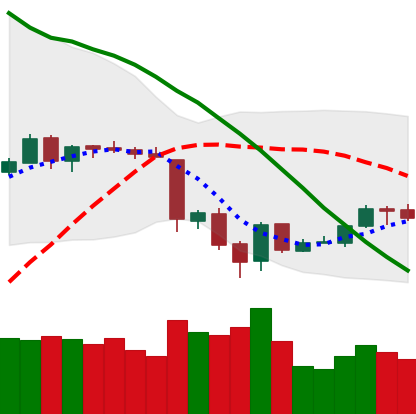
Ticker: ETH-USD
Chart end date: 2018-06-21
Forward return: -17.937%
Label: down_7plus